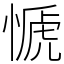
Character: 㥴